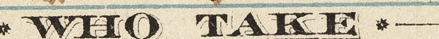
WHO TAKE